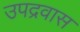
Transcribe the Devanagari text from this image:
उपद्रवास